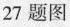
27题图